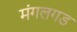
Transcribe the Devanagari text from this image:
मंगलगड